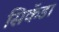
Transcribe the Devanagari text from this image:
सिकॅडा